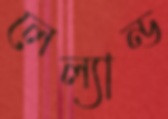
লেল্যান্ড